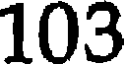
103